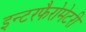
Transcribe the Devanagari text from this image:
इन्टरफैरोमेटरी